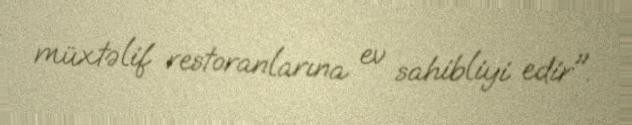
müxtəlif restoranlarına ev sahibliyi edir".